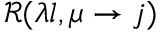
\mathcal { R } ( \lambda l , \mu \to j )